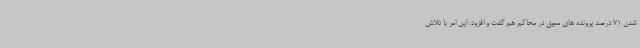
شدن 71 درصد پرونده های معوق در محاکم هم گفت و افزود: این امر با تلاش